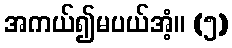
အကယ်၍မပယ်အံ့။ (၅)